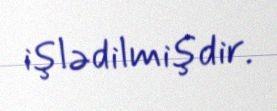
işlədilmişdir.